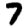
Digit: 7